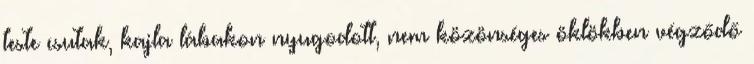
teste csutak, kajla lábakon nyugodott, nem közönséges öklökben végződő